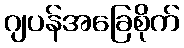
ဂျပန်အခြေစိုက်